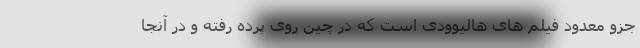
جزو معدود فیلم های هالیوودی است که در چین روی پرده رفته و در آنجا